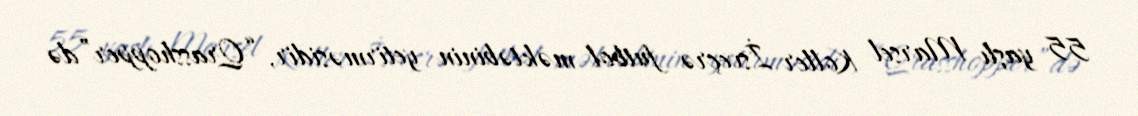
55 yaşlı Marsel Koller İsveçrə futbol məktəbinin yetirməsidir, “Qrasshopper”də